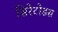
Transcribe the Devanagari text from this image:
सिरेटोडस